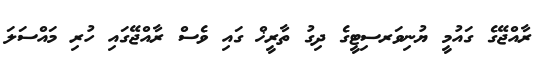
ރާއްޖޭގެ ގައުމީ ޔުނިވަރސިޓީގެ ދިގު ތާރީޚް ގައި ވެސް ރާއްޖޭގައި ހުރި މައްސަލަ